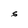
Character: S